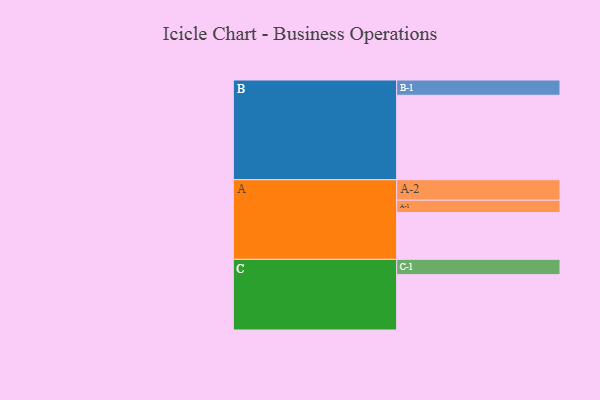
{"axis": {"x": "Segment", "y": "Value"}, "legend": ["", "A", "B", "C"], "data": [{"x": "A", "y": 306, "type": ""}, {"x": "B", "y": 552, "type": ""}, {"x": "C", "y": 362, "type": ""}, {"x": "A-1", "y": 81, "type": "A"}, {"x": "A-2", "y": 134, "type": "A"}, {"x": "B-1", "y": 100, "type": "B"}, {"x": "C-1", "y": 100, "type": "C"}]}